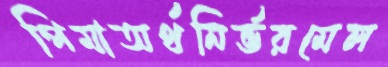
পিমাঅর্থনির্ভরমেল